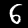
Digit: 6